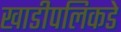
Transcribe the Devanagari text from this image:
खाडीपलिकडे